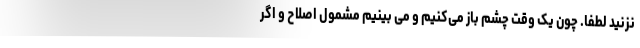
نزنید لطفا. چون یک وقت چشم باز می‌کنیم و می بینیم مشمول اصلاح و اگر